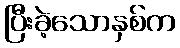
ပြီးခဲ့သောနှစ်က